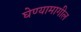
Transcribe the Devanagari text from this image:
घेण्यामागील